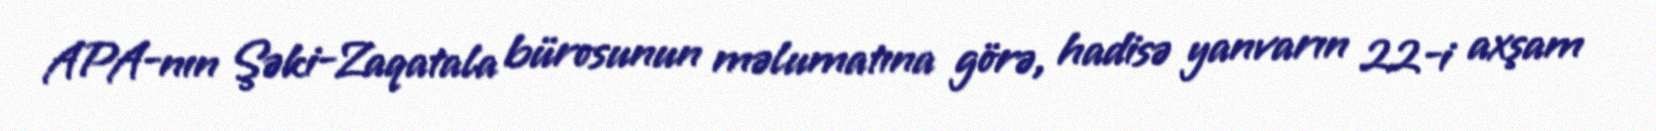
APA-nın Şəki-Zaqatala bürosunun məlumatına görə, hadisə yanvarın 22-i axşam